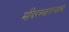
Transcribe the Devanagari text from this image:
मंदिरस्थापत्याचे